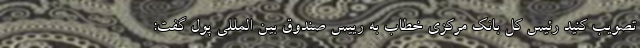
تصویب کنید رئیس کل بانک مرکزی خطاب به رییس صندوق بین المللی پول گفت: